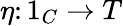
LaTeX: \eta\colon 1_{C}\to T